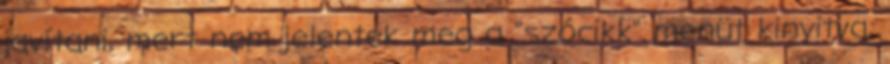
javítani, mert nem jelentek meg a "szócikk" menüt kinyitva,